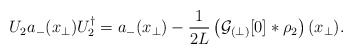
\begin{align*}U_2 a_-(x_\perp) U_2^\dagger = a_-(x_\perp) - \frac{1}{2L} \left({\cal G}_{(\perp)}[0] \ast \rho_2 \right)(x_\perp).\end{align*}